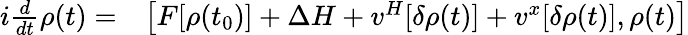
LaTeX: \begin{array}{rl}{i\frac{d}{dt}\rho(t)=}&{{}\big[F[\rho(t_{0})]+\Delta H+v^{H}[\delta\rho(t)]+v^{x}[\delta\rho(t)],\rho(t)\big]}\end{array}